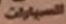
السيارات